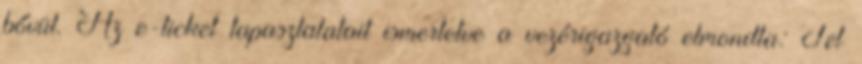
bővül. Az e-ticket tapasztalatait ismertetve a vezérigazgató elmondta: Tel